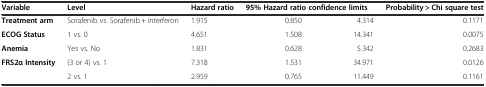
<table><thead><tr><td><b>Variable</b></td><td><b>Level</b></td><td><b>Hazard ratio</b></td><td colspan="2"><b>95% Hazard ratio confidence limits</b></td><td><b>Probability &gt; Chi square test</b></td></tr></thead><tbody><tr><td><b>Treatment arm</b></td><td>Sorafenib vs. Sorafenib + interferon</td><td>1.915</td><td>0.850</td><td>4.314</td><td>0.1171</td></tr><tr><td><b>ECOG Status</b></td><td>1 vs. 0</td><td>4.651</td><td>1.508</td><td>14.341</td><td>0.0075</td></tr><tr><td><b>Anemia</b></td><td>Yes vs. No</td><td>1.831</td><td>0.628</td><td>5.342</td><td>0.2683</td></tr><tr><td rowspan="2"><b>FRS2α Intensity</b></td><td>(3 or 4) vs. 1</td><td>7.318</td><td>1.531</td><td>34.971</td><td>0.0126</td></tr><tr><td>2 vs. 1</td><td>2.959</td><td>0.765</td><td>11.449</td><td>0.1161</td></tr></tbody></table>